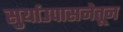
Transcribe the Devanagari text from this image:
सुर्याउपासनेतून